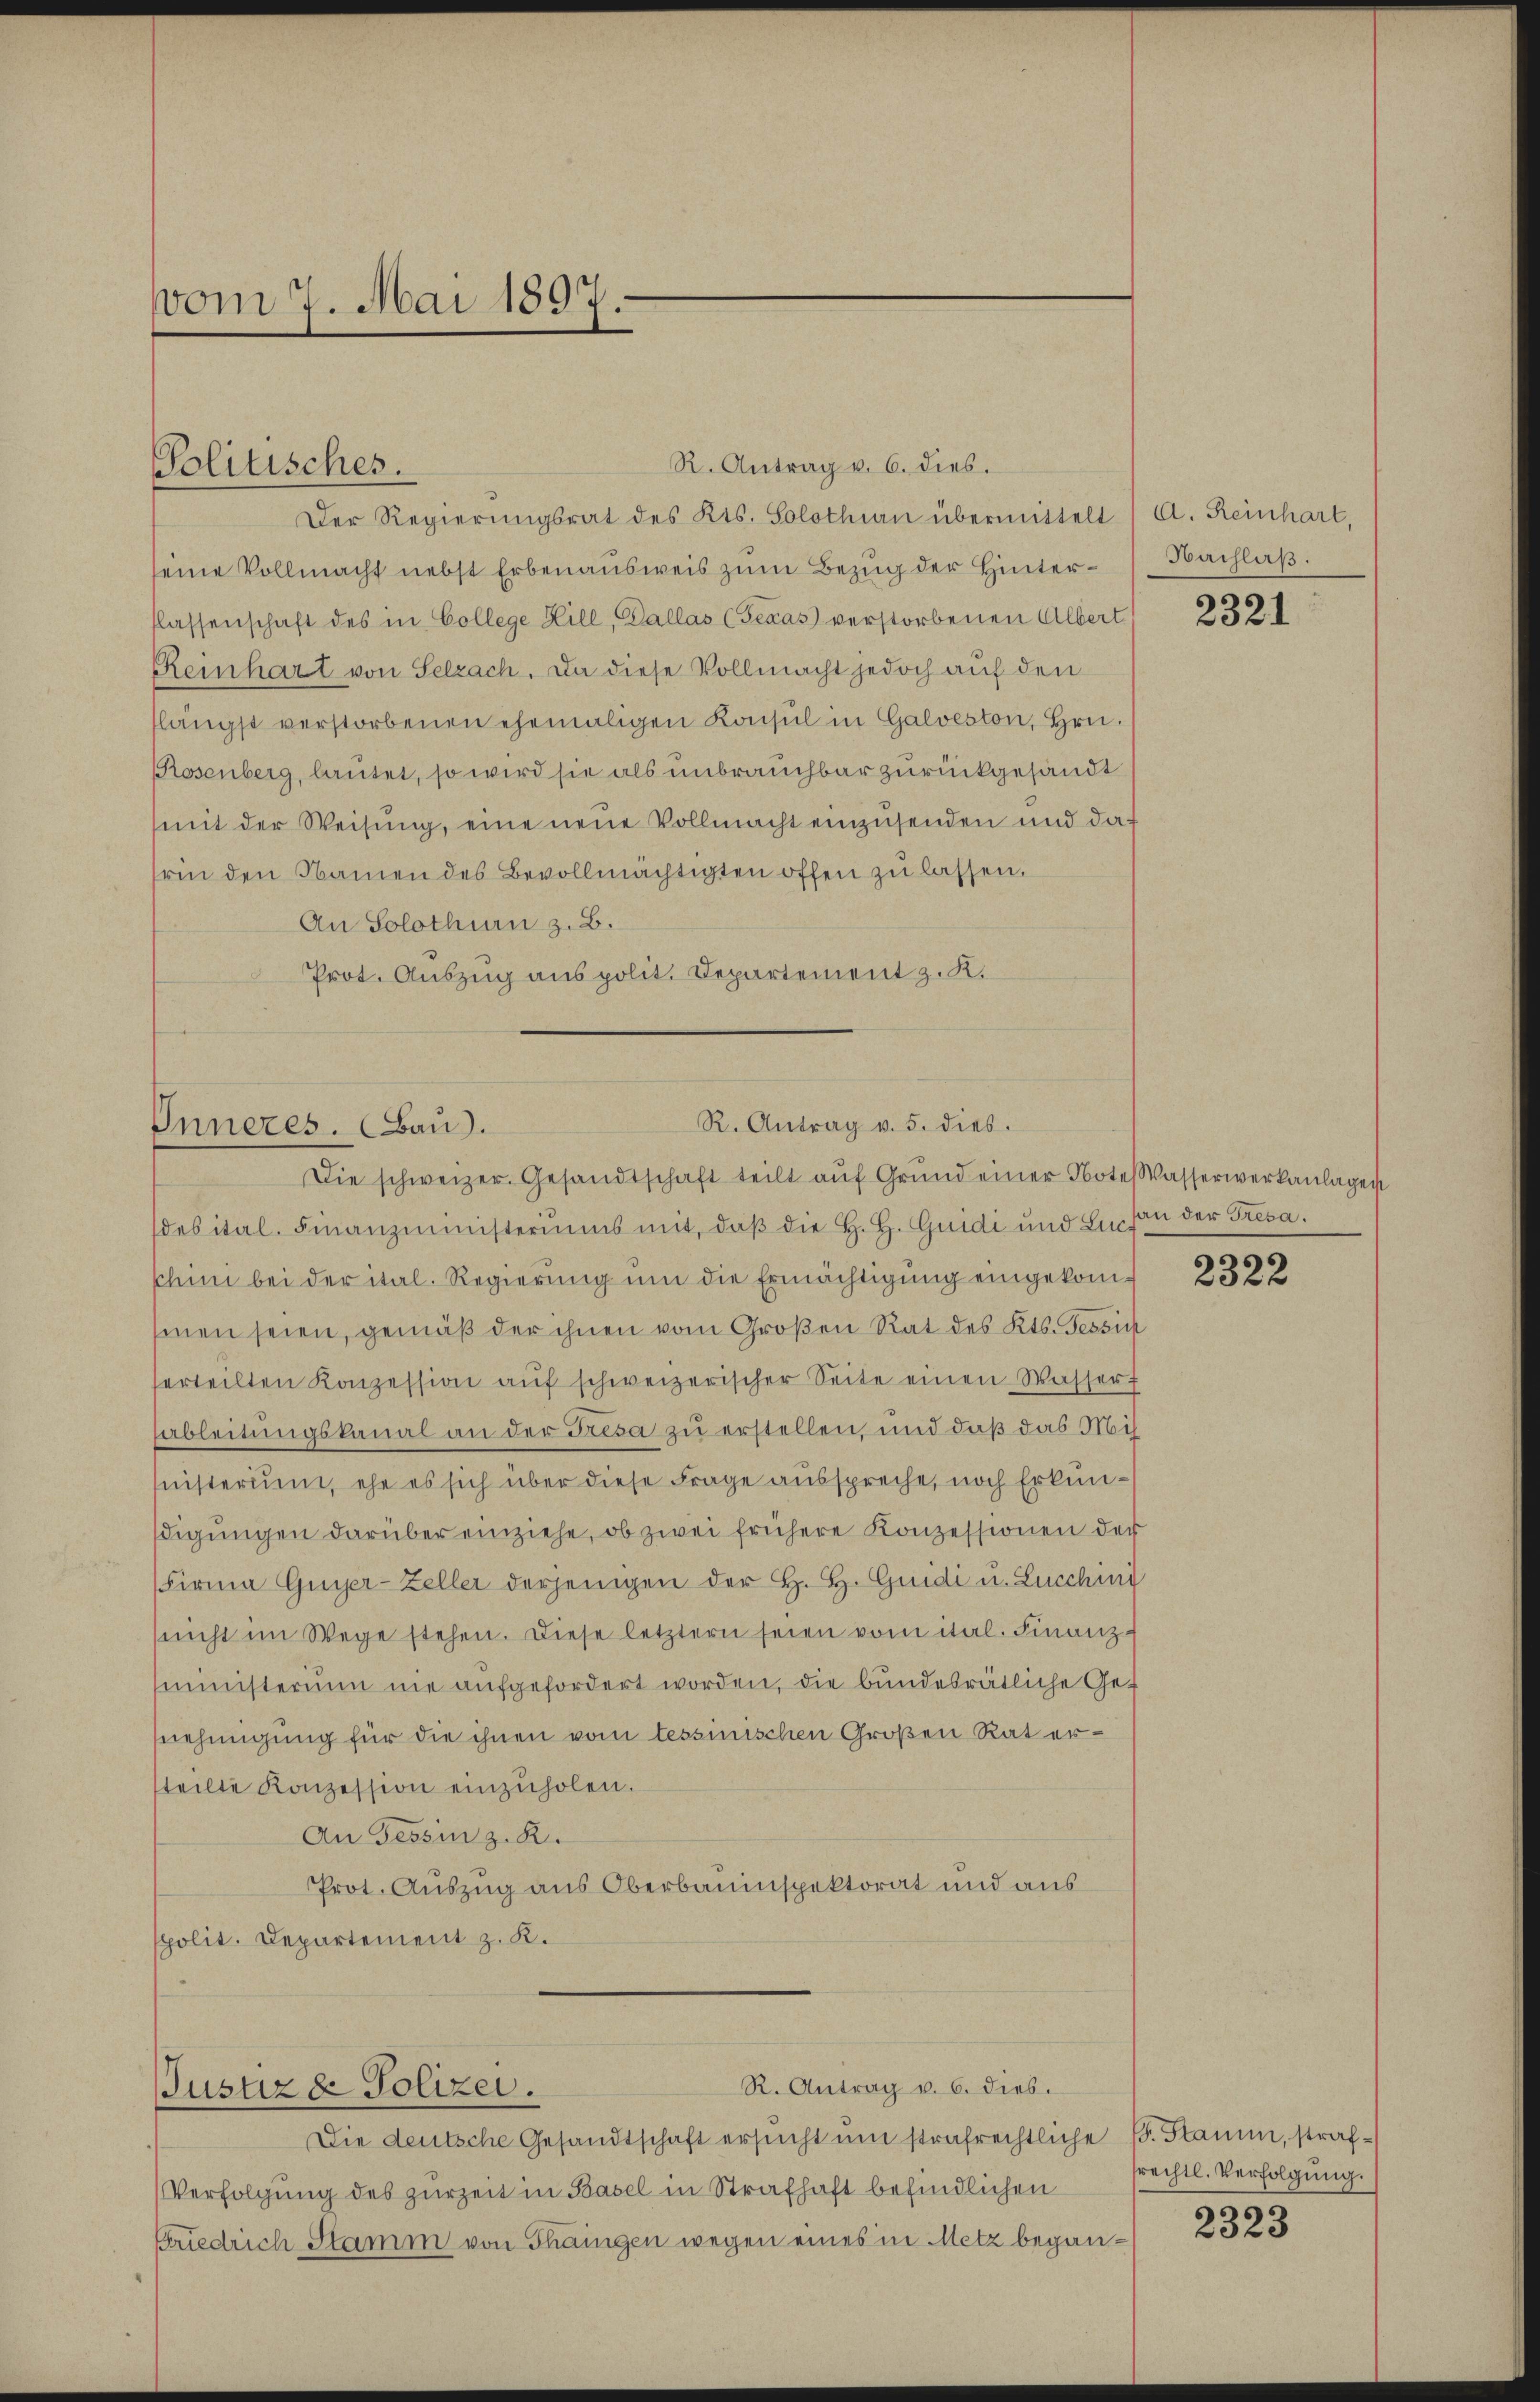
vom 7. Mai 1897.

Politisches.

R. Antrag v. 5. dies
Inneres. (Bau).

R. Antrag v. 6. dies.
Der Regierungsrat des Kts. Solothin übermittelt /A. Reinhart,
seine Vollmacht nebst Erbenausweis zum Bezug der Hinterflassenschaft des in College Hill, Dallas (Gexas verstorbenen Albert
Reinhart von Selzach. Da diese Vollmacht jedoch auf den
flängst verstorbenen ehemaligen Konsul in Galveston, Hrn.
Rosenberg, lautet, so wird sie als unbrauchbar zurückgesandt
mit der Weisung, eine neue Vollmacht einzusenden und daf
rin den Namen des Bevollmächtigten offen zu lassen.
An Solothurn z. B.
Prot. Auszug aus polit. Departement z. K.

Die schweizer. Gesandtschaft teilt aŭf Grŭnd einer Note Wasserwerkanlagen
des ital. Finanzministeriums mit, daß die H. H. Guidi und Lie von der Tresaschine bei der ital. Regierŭng ŭm die Ermächtigŭng eingekomsenen seien, gemäß der ihnen vom Großen Rat des Kts. Tessin
erteilten Konzession aŭf schweizerischer Seite einen Wasser f
ableitungskanal an der Fresa zu erstellen, und daß das Mis
inisterium, ehe es sich über diese Frage ausspreche, noch Erkundigungen darüber einziehe, ob zwei frühere Konzessionen der
Firma Guyer-Zeller derjenigen der H. H. Guidi u. Lucchini
(nicht im Wege stehen. Diese letztern seien vom ital. Finanz-
ministerium nie aufgefordert worden, die bundesrätliche Gesnehmigung für die ihnen vom tessinischen Großen Rat ersteilte Konzession einzuholen.
An Tessin z. R.
Prot. Auszug aus Oberbauinspektorat und aus
spolit. Departement z. K.

R. Antrag v. 6. dies
Justiz & Polizei.

Die deutsche Gesandtschaft ersŭcht ŭm strafrechtliche B. Stamm, straf¬
Verfolgung des zurzeit in Basel in Strafhaft befindlichen
Friedrich Stamm von Thaingen wegen eines in Metz began¬

Nachlaß.

2321

2322

frechtl. Verfolgung.

2323